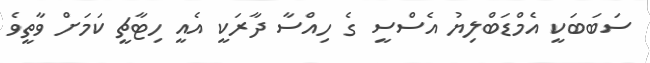
ސަބަބަކީ އެމްޑަބްލިޔު އެސްސީ ގެ ހިއްސާ ދާރަކީ އެއީ ހިޓާޗީ ކަަމަށް ވާތީވެ